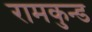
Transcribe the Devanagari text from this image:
रामकुन्ड